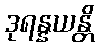
ဒုရန္နယန္တိ